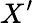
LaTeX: X^{\prime}